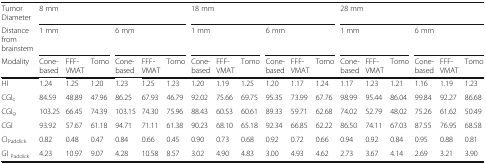
<table><thead><tr><td><b>Tumor Diameter</b></td><td colspan="6"><b>8 mm</b></td><td colspan="6"><b>18 mm</b></td><td colspan="6"><b>28 mm</b></td></tr><tr><td><b>Distance from brainstem</b></td><td colspan="3"><b>1 mm</b></td><td colspan="3"><b>6 mm</b></td><td colspan="3"><b>1 mm</b></td><td colspan="3"><b>6 mm</b></td><td colspan="3"><b>1 mm</b></td><td colspan="3"><b>6 mm</b></td></tr><tr><td><b>Modality</b></td><td><b>Cone-based</b></td><td><b>FFF- VMAT</b></td><td><b>Tomo</b></td><td><b>Cone-based</b></td><td><b>FFF- VMAT</b></td><td><b>Tomo</b></td><td><b>Cone-based</b></td><td><b>FFF- VMAT</b></td><td><b>Tomo</b></td><td><b>Cone-based</b></td><td><b>FFF- VMAT</b></td><td><b>Tomo</b></td><td><b>Cone-based</b></td><td><b>FFF- VMAT</b></td><td><b>Tomo</b></td><td><b>Cone-based</b></td><td><b>FFF- VMAT</b></td><td><b>Tomo</b></td></tr></thead><tbody><tr><td>HI</td><td>1.24</td><td>1.25</td><td>1.20</td><td>1.23</td><td>1.25</td><td>1.23</td><td>1.20</td><td>1.19</td><td>1.25</td><td>1.20</td><td>1.17</td><td>1.24</td><td>1.17</td><td>1.23</td><td>1.21</td><td>1.16</td><td>1.19</td><td>1.23</td></tr><tr><td>CGI<sub>c</sub></td><td>84.59</td><td>48.89</td><td>47.96</td><td>86.25</td><td>67.93</td><td>46.79</td><td>92.02</td><td>75.66</td><td>69.75</td><td>95.35</td><td>73.99</td><td>67.76</td><td>98.99</td><td>95.44</td><td>86.04</td><td>99.84</td><td>92.27</td><td>86.68</td></tr><tr><td>CGI<sub>g</sub></td><td>103.25</td><td>66.45</td><td>74.39</td><td>103.15</td><td>74.30</td><td>75.96</td><td>88.43</td><td>60.53</td><td>60.61</td><td>89.33</td><td>59.71</td><td>62.68</td><td>74.02</td><td>52.79</td><td>48.02</td><td>75.26</td><td>61.62</td><td>50.49</td></tr><tr><td>CGI</td><td>93.92</td><td>57.67</td><td>61.18</td><td>94.71</td><td>71.11</td><td>61.38</td><td>90.23</td><td>68.10</td><td>65.18</td><td>92.34</td><td>66.85</td><td>62.22</td><td>86.50</td><td>74.11</td><td>67.03</td><td>87.55</td><td>76.95</td><td>68.58</td></tr><tr><td>CI<sub>Paddick</sub></td><td>0.82</td><td>0.48</td><td>0.47</td><td>0.84</td><td>0.66</td><td>0.45</td><td>0.90</td><td>0.73</td><td>0.68</td><td>0.92</td><td>0.72</td><td>0.66</td><td>0.94</td><td>0.92</td><td>0.84</td><td>0.95</td><td>0.88</td><td>0.81</td></tr><tr><td>GI <sub>Paddick</sub></td><td>4.23</td><td>10.97</td><td>9.07</td><td>4.28</td><td>10.58</td><td>8.57</td><td>3.02</td><td>4.90</td><td>4.83</td><td>3.00</td><td>4.93</td><td>4.62</td><td>2.73</td><td>3.67</td><td>4.14</td><td>2.69</td><td>3.21</td><td>3.90</td></tr></tbody></table>